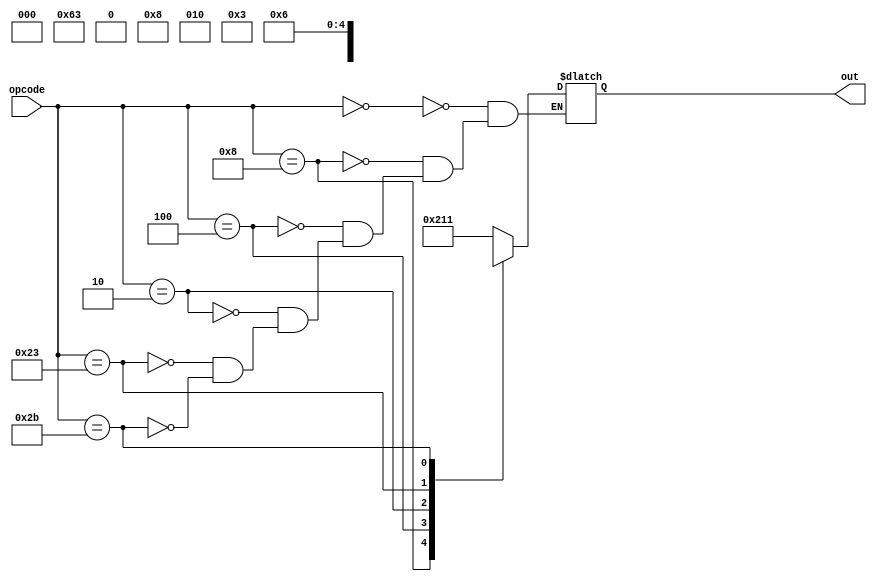
`timescale 1ns/1ps

module ctrl (opcode, out);
    input [5:0] opcode;
    output reg [9:0] out;

    always @(opcode) begin
        casex(opcode)
            6'b000000 : out = 10'b1000010001; //add
            6'b001000 : out = 10'b0000000011; //addi
            6'b000100 : out = 10'bX010X01000; //beq
            6'b000010 : out = 10'bX100XXX0X0; //j
            6'b100011 : out = 10'b0001100011; //lw
            6'b101011 : out = 10'bX000X00110; //sw
        endcase
    end
endmodule